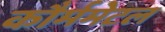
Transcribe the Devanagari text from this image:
कौर्ममेटल